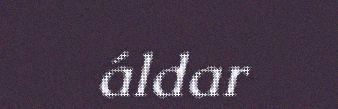
áldar